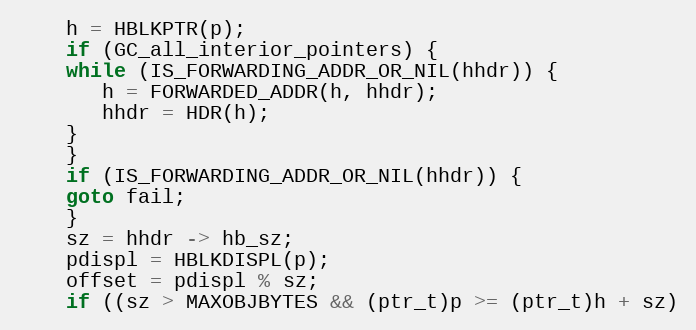
Language: C
    h = HBLKPTR(p);
    if (GC_all_interior_pointers) {
	while (IS_FORWARDING_ADDR_OR_NIL(hhdr)) {
	   h = FORWARDED_ADDR(h, hhdr);
	   hhdr = HDR(h);
	}
    }
    if (IS_FORWARDING_ADDR_OR_NIL(hhdr)) {
	goto fail;
    }
    sz = hhdr -> hb_sz;
    pdispl = HBLKDISPL(p);
    offset = pdispl % sz;
    if ((sz > MAXOBJBYTES && (ptr_t)p >= (ptr_t)h + sz)